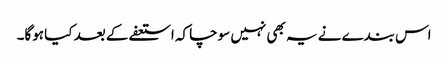
اس بندے نے یہ بھی نہیں سوچا کہ استعفے کے بعد کیا ہوگا۔